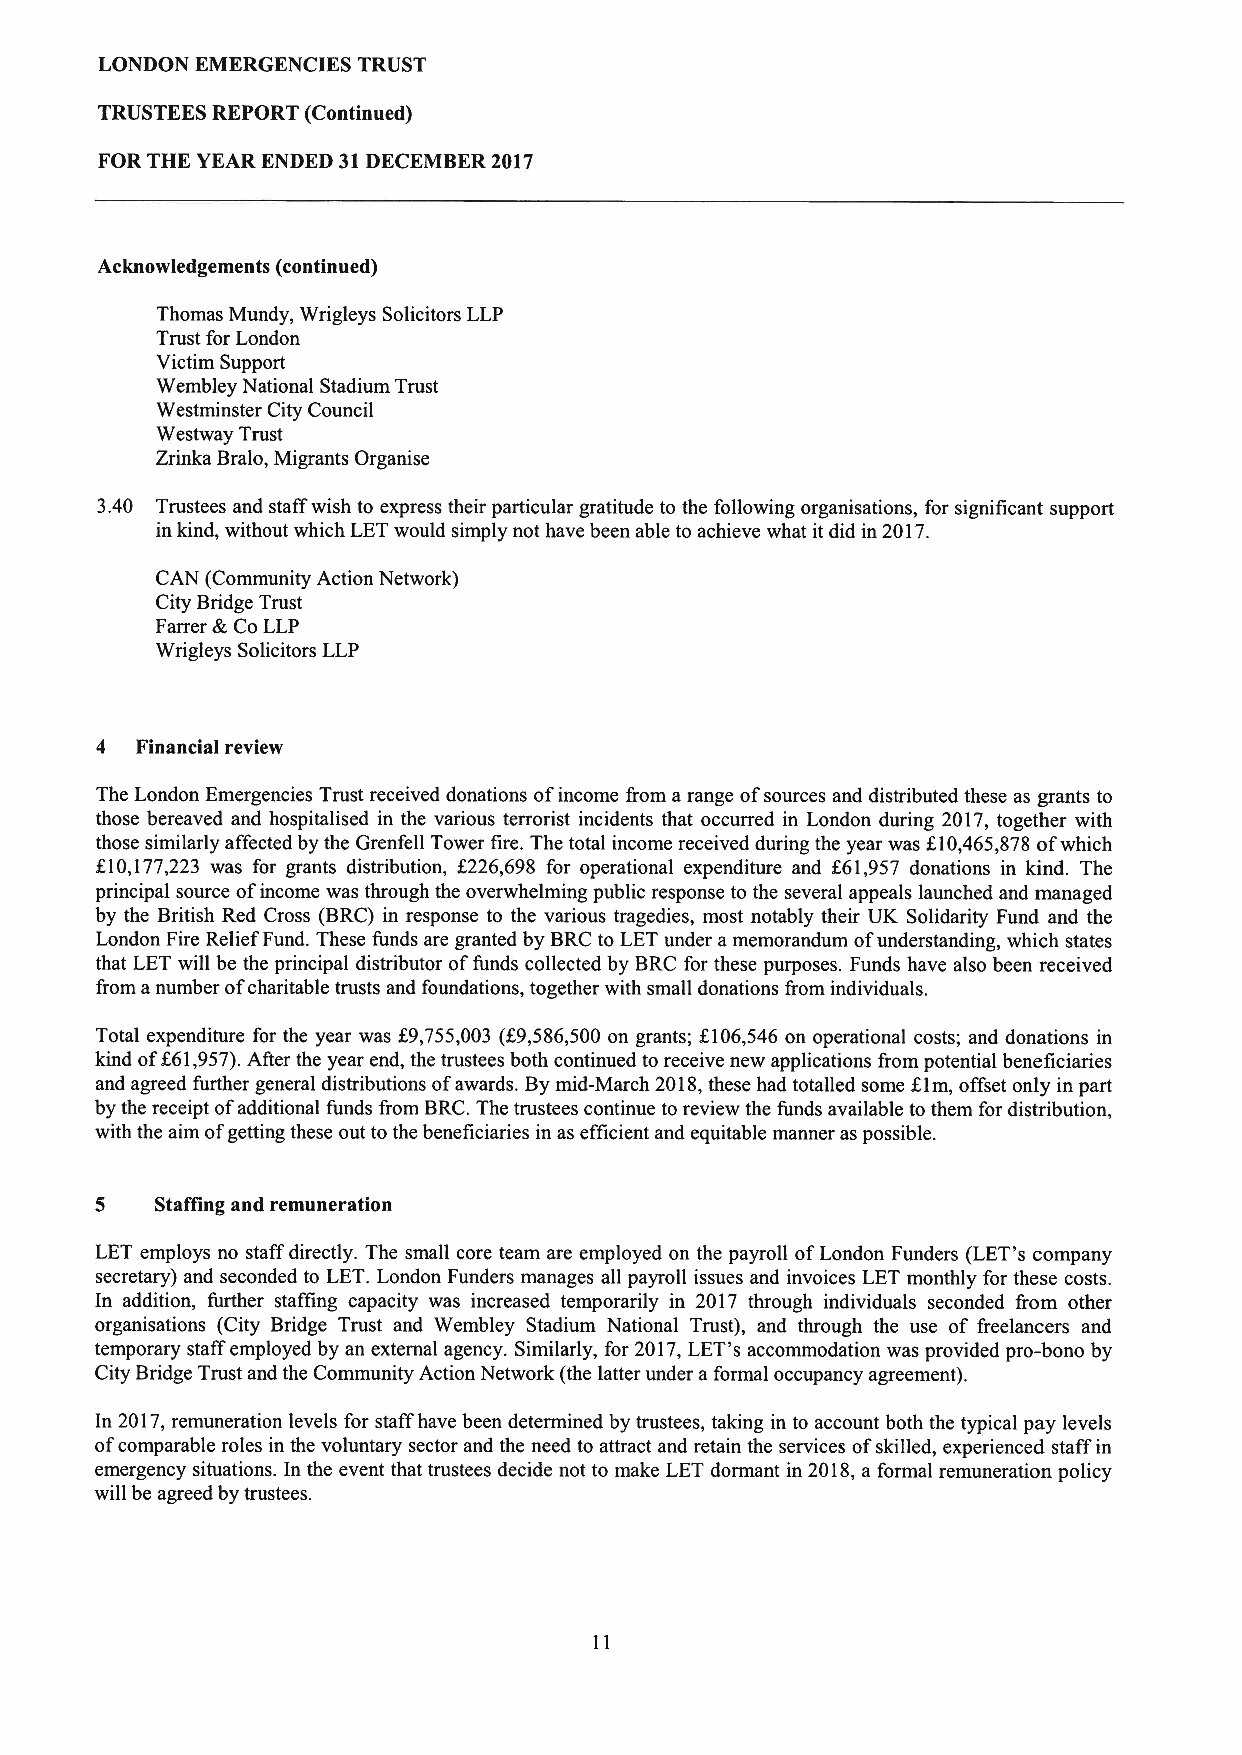
LONDON EMERGENCIES TRUST
 TRUSTEES REPORT (Continued)
 FOR THE YEAR ENDED 31DECEMBER 2017
 Acknowledgements (continued)
 Thomas Mundy, Wrigleys Solicitors LLP
 Trust for London
 Victim Support
 Wembley National Stadium Trust
 Westminster City Council
 Westway Trust
 Zrinka Bralo, Migrants Organise
 3.40 Trustees and staff wish to express their particular gratitude to the following organisations, for significant support
 in kind, without which LETwould simply not have been able to achieve what it did in 2017.
 CAN (Community Action Network)
 City Bridge Trust
 Farrer &CoLLP
 Wrigleys Solicitors LLP
 4  Financial review
 The London Emergencies Trust received donations ofincome from a range ofsources and distributed these as grants to
 those bereaved and hospitalised in the various terrorist incidents that occurred in London during 2017, together with
 those similarly affected by the Grenfell Tower fire. The total income received during the year was 610,465,878 ofwhich
 f10,177,223 was for grants distribution, f226,698 for operational expenditure and f61,957 donations in kind. The
 principal source ofincome was through the overwhelming public response to the several appeals launched and managed
 by the British Red Cross (BRC) in response to the various tragedies, most notably their UK Solidarity Fund and the
 London Fire Relief Fund. These funds are granted by BRCto LETunder amemorandum ofunderstanding, which states
 that LET will be the principal distributor offunds collected by BRC for these purposes. Funds have also been received
 from anumber ofcharitable trusts and foundations, together with small donations from individuals.
 Total expenditure for the year was E9,755,003 (K9,586,500 on grants; KI06,546 on operational costs; and donations in
 kind of661,957).After the year end, the trustees both continued to receive new applications from potential beneficiaries
 and agreed further general distributions ofawards. Bymid-March 2018,these had totalled some Elm, offset only in part
 by the receipt ofadditional funds from BRC.The trustees continue to review the funds available to them for distribution,
 with the aim ofgetting these out to the beneficiaries in as efficient and equitable manner as possible.
 5   Staffing and remuneration
 LET employs no staff directly. The small core team are employed on the payroll ofLondon Funders (LET's company
 secretary) and seconded to LET.London Funders manages all payroll issues and invoices LET monthly for these costs.
 In addition, further staffing capacity was increased temporarily in 2017 through individuals seconded fiom other
 organisations (City Bridge Trust and Wembley Stadium National Trust), and through the use of freelancers and
 temporary staff employed by an external agency. Similarly, for 2017,LET's accommodation was provided pro-bono by
 City Bridge Trust and the Community Action Network (the latter under aformal occupancy agreement).
 In 2017,remuneration levels for staff have been determined by trustees, taking in to account both the typical pay levels
 ofcomparable roles in the voluntary sector and the need to attract and retain the services ofskilled, experienced staff in
 emergency situations. In the event that trustees decide not to make LET dormant in 2018,a formal remuneration policy
 will be agreed by trustees.
 11